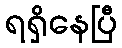
ရရှိနေပြီ